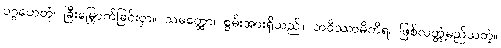
ပဂ္ဂဟေတုံ၊ ခြီးမြှောက်ခြင်းငှာ။ သမတ္ထော၊ စွမ်းအားရှိသည်။ ဘဝိဿာမိကိရ၊ ဖြစ်လတ္တံ့မည်သတဲ့။